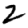
Digit: 2